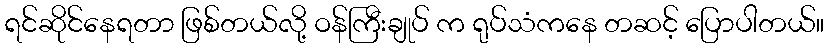
ရင်ဆိုင်နေရတာ ဖြစ်တယ်လို့ ဝန်ကြီးချုပ် က ရုပ်သံကနေ တဆင့် ပြောပါတယ်။